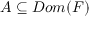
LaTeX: A \subseteq D o m ( F )